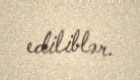
ediliblər.